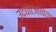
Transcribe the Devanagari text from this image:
उद्घाटनाच्या